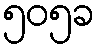
၅၀၅ခ